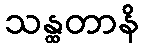
သန္ထတာနိ